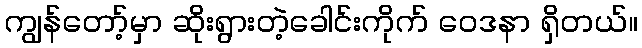
ကျွန်တော့်မှာ ဆိုးရွားတဲ့ခေါင်းကိုက် ဝေဒနာ ရှိတယ်။